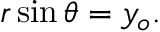
r \sin \theta = y _ { o } .